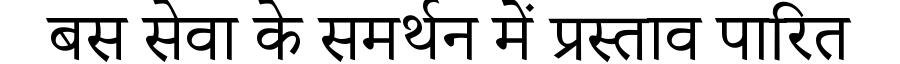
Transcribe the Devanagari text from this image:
बस सेवा के समर्थन में प्रस्ताव पारित